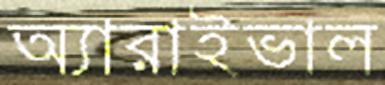
অ্যারাইভাল